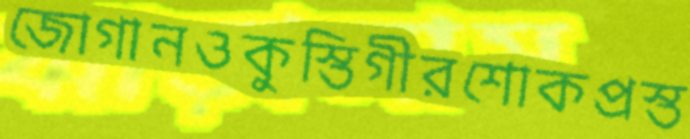
জোগানওকুস্তিগীরশোকপ্রস্ত